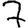
Digit: 7